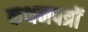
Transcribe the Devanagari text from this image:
कथनपत्रों